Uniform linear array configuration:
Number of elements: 12
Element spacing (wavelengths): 1
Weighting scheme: blackman
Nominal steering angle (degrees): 45
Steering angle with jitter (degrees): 46.45
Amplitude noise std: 0.05
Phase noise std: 0.05

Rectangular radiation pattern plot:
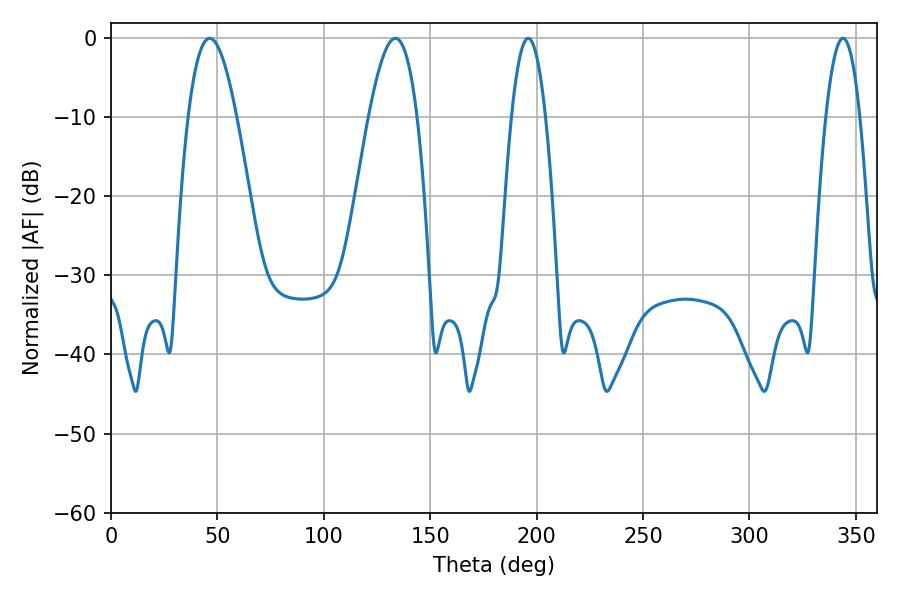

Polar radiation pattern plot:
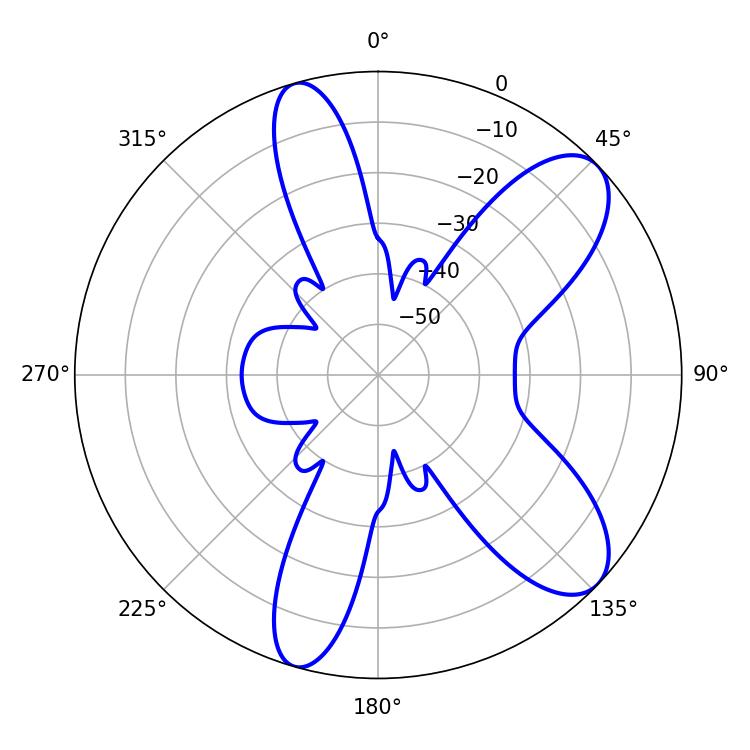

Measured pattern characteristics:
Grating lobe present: TRUE
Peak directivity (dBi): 9.018
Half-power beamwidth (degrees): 8.82
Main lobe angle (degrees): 196.02